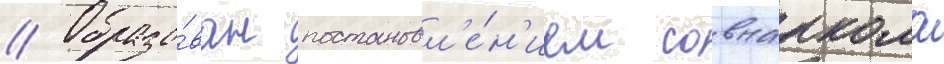
// Образо́ван постановл'е́н'ием совнаркома